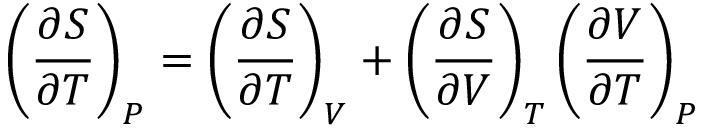
\left( { \frac { \partial S } { \partial T } } \right) _ { P } = \left( { \frac { \partial S } { \partial T } } \right) _ { V } + \left( { \frac { \partial S } { \partial V } } \right) _ { T } \left( { \frac { \partial V } { \partial T } } \right) _ { P }